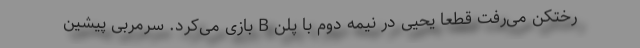
رختکن می‌رفت قطعاً یحیی در نیمه دوم با پلن B بازی می‌کرد. سرمربی پیشین